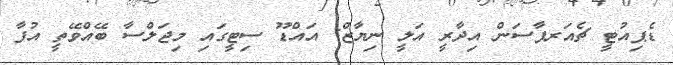
ޑެޕިއުޓީ ޗެއަރޕާސަން އިދާރީ އަލީ ނިޔާޒް: އައްޑޫ ސިޓީގައި މިޖަލްސާ ބޭއްވޭތީ އުފާ